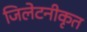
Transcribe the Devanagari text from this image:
जिलेटनीकृत